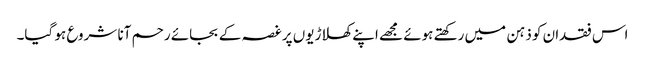
اس فقدان کو ذہن میں رکھتے ہوئے مجھے اپنے کھلاڑیوں پر غصہ کے بجائے رحم آنا شروع ہو گیا۔